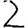
Digit: 2